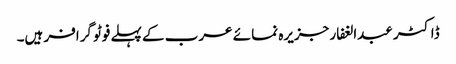
ڈاکٹر عبدالغفار جزیرہ نما ئے عرب کے پہلے فوٹو گرافر ہیں۔